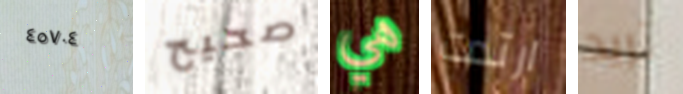
٤٥٧٠٤ صحيح هي ارتدت تريد